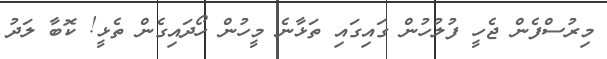
މިރުސްފެން ޖެހީ ފުލުހުން ގައިގައި ތަޅާނެ މީހުން ހޯދައިގެން ތެޅީ! ކޮބާ ލަދު